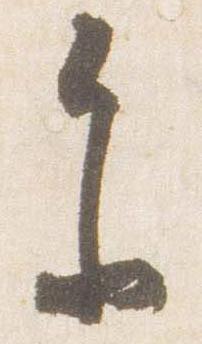
参